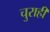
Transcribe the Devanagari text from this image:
चुराही